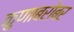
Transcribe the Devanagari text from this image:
कुणाबरोबर